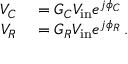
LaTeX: \begin{array} { r l } { V _ { C } } & { { } = G _ { C } V _ { \mathrm { i n } } e ^ { j \phi _ { C } } } \\ { V _ { R } } & { { } = G _ { R } V _ { \mathrm { i n } } e ^ { j \phi _ { R } } \, . } \end{array}